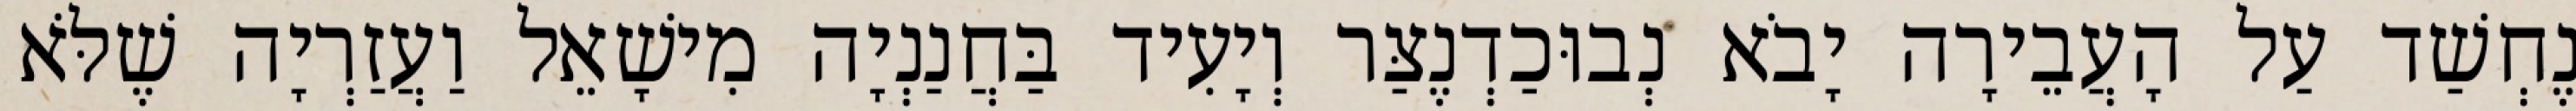
נֶחְשַׁד עַל הָעֲבֵירָה יָבֹא נְבוּכַדְנֶצַּר וְיָעִיד בַּחֲנַנְיָה מִישָׁאֵל וַעֲזַרְיָה שֶׁלֹּא